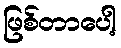
ဖြစ်တာပေါ့